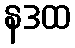
နဒထ